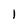
Character: 1